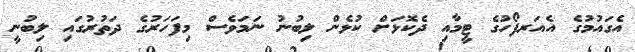
އެގައުމުގެ އެއަރފޯހުގެ ޓީމާއި ދެކޮޅަށް ކުޅެން ލިބުނު ނަމަވެސް މިފަހަރުގެ ދަތުރުގައި ލިބުނީ